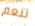
تنعم